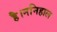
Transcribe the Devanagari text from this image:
है।ननिहाल